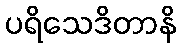
ပရိသေဒိတာနိ